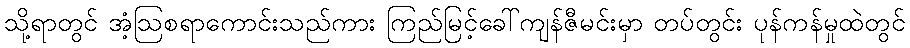
သို့ရာတွင် အံ့ဩစရာကောင်းသည်ကား ကြည်မြင့်ခေါ်ကျန်ဇီမင်းမှာ တပ်တွင်း ပုန်ကန်မှုထဲတွင်